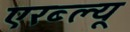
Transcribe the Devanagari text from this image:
एरब्ल्यू